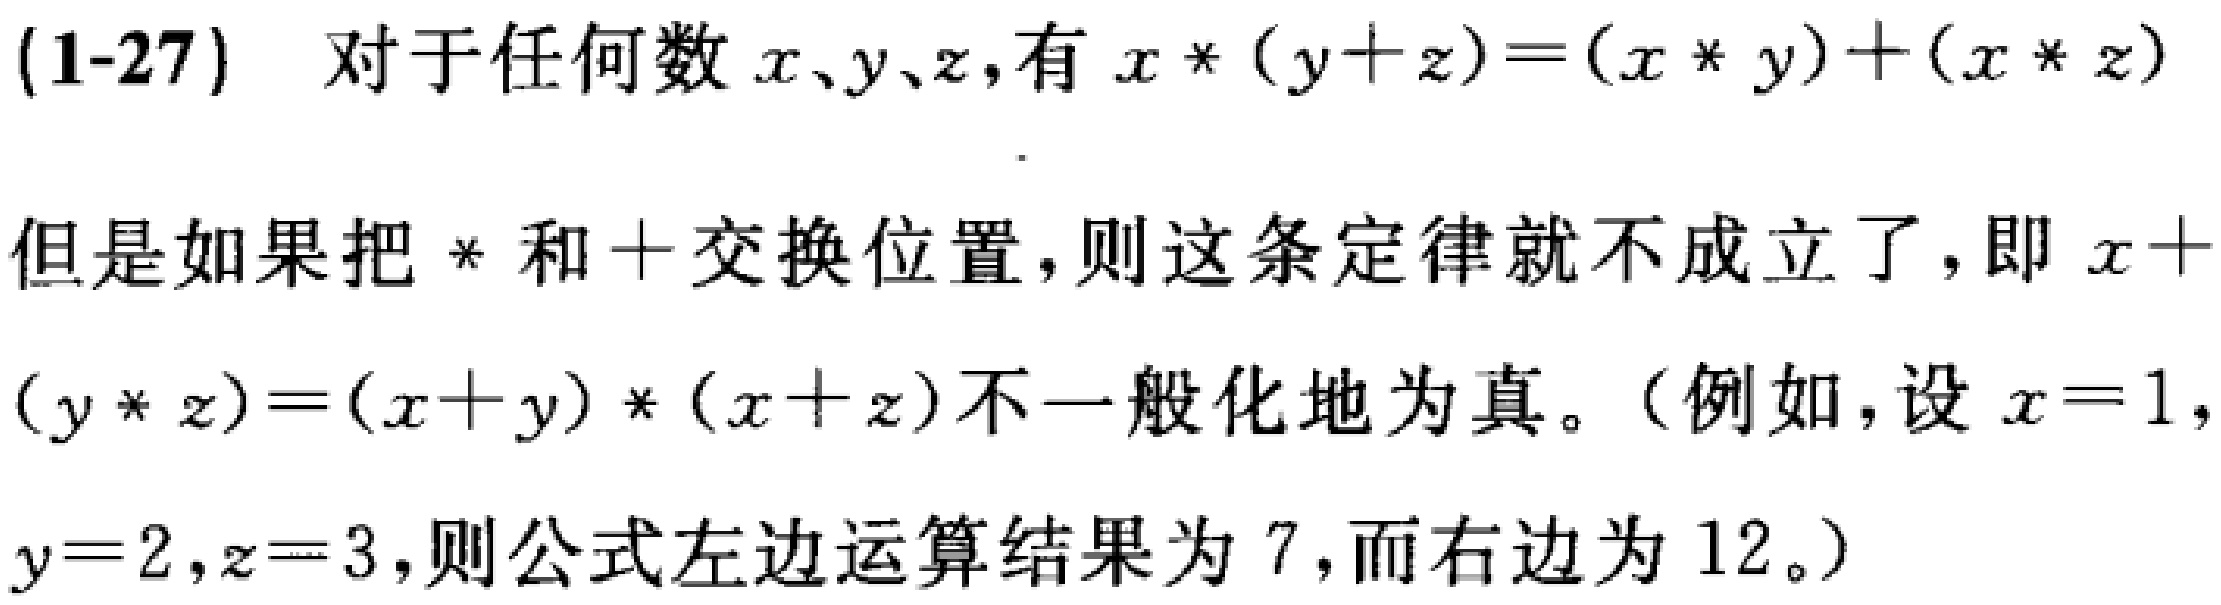
(1-27) 对于任何数 \(x、y、z\)，有 \(x*(y + z)=(x*y)+(x*z)\)。

但是如果把 \(*\) 和 \(+\) 交换位置，则这条定律就不成立了，即 \(x+(y*z)=(x + y)*(x + z)\) 不一般化地为真。（例如，设 \(x = 1\)，\(y = 2\)，\(z = 3\)，则公式左边运算结果为 \(7\)，而右边为 \(12\)。）